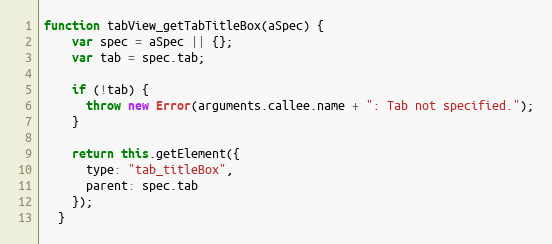
Language: JavaScript
function tabView_getTabTitleBox(aSpec) {
    var spec = aSpec || {};
    var tab = spec.tab;

    if (!tab) {
      throw new Error(arguments.callee.name + ": Tab not specified.");
    }

    return this.getElement({
      type: "tab_titleBox",
      parent: spec.tab
    });
  }